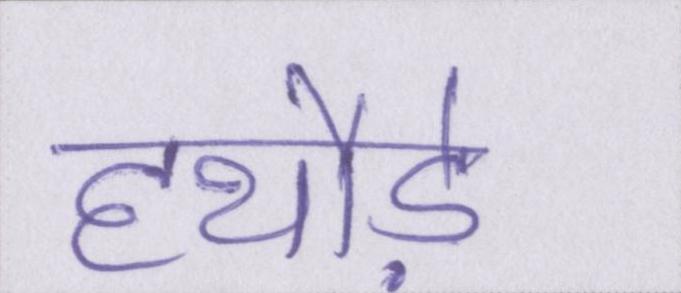
हथौड़े